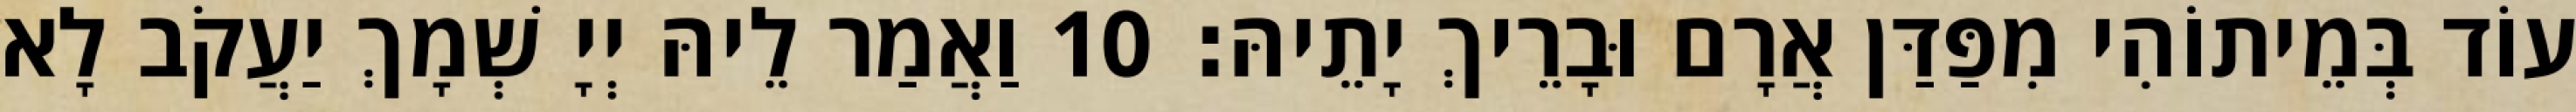
עוֹד בְּמֵיתוֹהִי מִפַּדַּן אֲרָם וּבָרֵיךְ יָתֵיהּ׃ 10 וַאֲמַר לֵיהּ יְיָ שְׁמָךְ יַעֲקֹב לָא